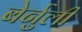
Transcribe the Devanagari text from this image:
बेर्नुली